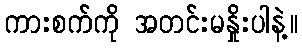
ကားစက်ကို အတင်းမနှိုးပါနဲ့။